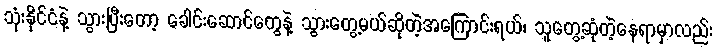
သုံးနိုင်ငံနဲ့ သွားပြီးတော့ ခေါင်းဆောင်တွေနဲ့ သွားတွေ့မယ်ဆိုတဲ့အကြောင်းရယ်၊ သူတွေ့ဆုံတဲ့နေရာမှာလည်း